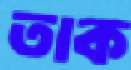
তাক